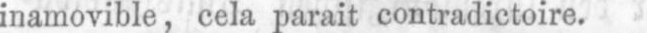
inamovible, cela parait contradictoire.